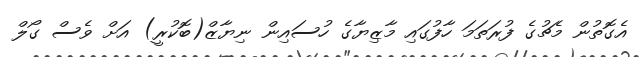
އެގޮތުން މެޗުގެ ފުރަތަމަ ހާފުގައި މާޒިޔާގެ ހުސައިން ނިޔާޒް(ބޮކުރީ) އަށް ވެސް ގޯލް